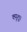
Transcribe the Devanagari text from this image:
क्यूशू।